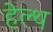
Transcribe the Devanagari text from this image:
हेल्‍थ